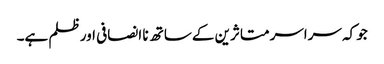
جو کہ سراسر متاثرین کے ساتھ نا انصافی اور ظلم ہے۔